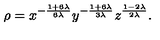
\rho = { x ^ { - \frac { 1 + 6 \lambda } { 6 \lambda } } y ^ { - \frac { 1 + 6 \lambda } { 3 \lambda } } z ^ { \frac { 1 - 2 \lambda } { 2 \lambda } } } .